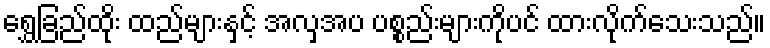
ရွှေခြည်ထိုး ထည်များနှင့် အလှအပ ပစ္စည်းများကိုပင် ထားလိုက်သေးသည်။